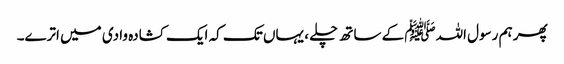
پھر ہم رسول اللہﷺ کے ساتھ چلے ، یہاں تک کہ ایک کشادہ وادی میں اترے۔